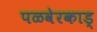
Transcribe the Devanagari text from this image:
पळवेरकाड्